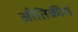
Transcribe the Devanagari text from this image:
औतिकीय